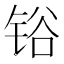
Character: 𰾆